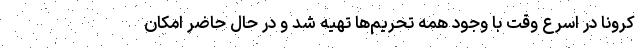
کرونا در اسرع وقت با وجود همه تحریم‌ها تهیه شد و در حال حاضر امکان